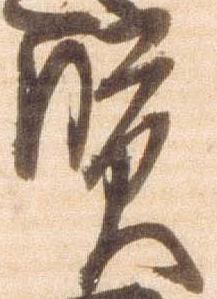
賢